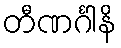
တီဏင်္ဂါနိ